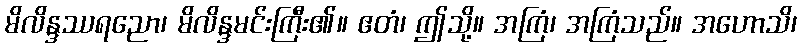
မိလိန္ဒဿရညော၊ မိလိန္ဒမင်းကြီး၏။ ဧတံ၊ ဤသို့။ အကြံ၊ အကြံသည်။ အဟောသိ၊